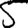
Digit: 5